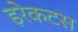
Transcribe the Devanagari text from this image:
इरेकटस